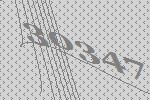
30347